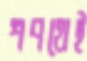
শপথেই